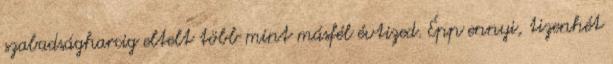
szabadságharcig eltelt több mint másfél évtized. Épp ennyi, tizenhét